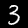
Digit: 3